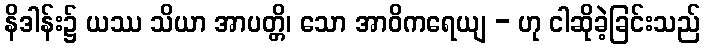
နိဒါန်း၌ ယဿ သိယာ အာပတ္တိ၊ သော အာဝိကရေယျ - ဟု ငါဆိုခဲ့ခြင်းသည်